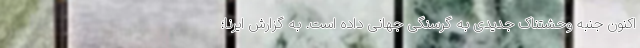
اکنون جنبه وحشتناک جدیدی به گرسنگی جهانی داده است. به گزارش ایرنا؛